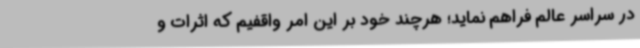
در سراسر عالم فراهم نماید؛ هرچند خود بر این امر واقفیم که اثرات و